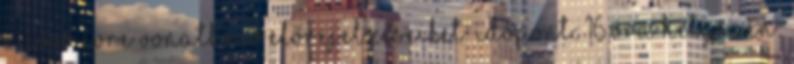
a jövő évre vonatkozó előrejelzéseiket. Időpont: 16 óra Helyszín: